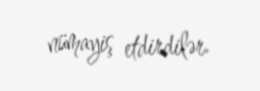
nümayiş etdirdilər.